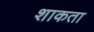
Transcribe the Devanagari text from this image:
शाकता